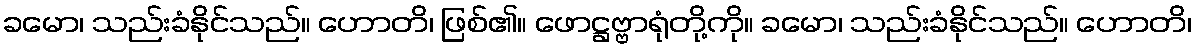
ခမော၊ သည်းခံနိုင်သည်။ ဟောတိ၊ ဖြစ်၏။ ဖောဋ္ဌဗ္ဗာရုံတို့ကို။ ခမော၊ သည်းခံနိုင်သည်။ ဟောတိ၊